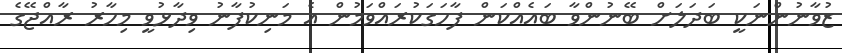
ޒުވާނުންނަކީ ބަދަލަށް ބޭނުންވާ ބައެއްކަން ފާހަގަކުރައްވަމުން އެ މަނިކުފާނު ވިދާޅުވީ މިހާރު ރާއްޖޭގެ